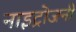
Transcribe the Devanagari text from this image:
नाइट्रोजनी